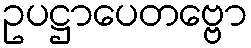
ဥပဋ္ဌာပေတဗ္ဗော